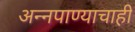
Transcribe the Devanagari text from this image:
अन्नपाण्याचाही